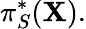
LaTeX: \pi_{S}^{*}(\mathbf{X}).